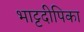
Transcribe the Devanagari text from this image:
भाट्टदीपिका